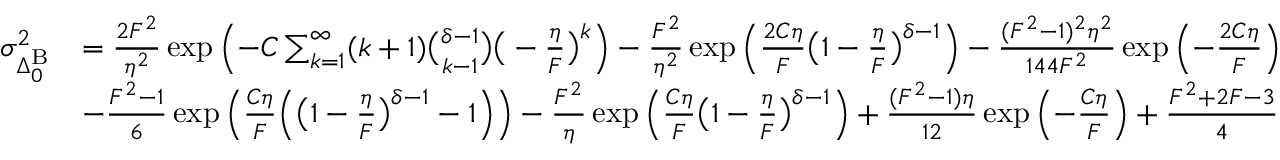
\begin{array} { r l } { \sigma _ { \Delta _ { 0 } ^ { \mathrm { B } } } ^ { 2 } } & { = \frac { 2 F ^ { 2 } } { \eta ^ { 2 } } \exp { \left( - C \sum _ { k = 1 } ^ { \infty } ( k + 1 ) { \binom { \delta - 1 } { k - 1 } } \big ( - \frac { \eta } { F } \big ) ^ { k } \right) } - \frac { F ^ { 2 } } { \eta ^ { 2 } } \exp { \left( \frac { 2 C \eta } { F } \big ( 1 - \frac { \eta } { F } \big ) ^ { \delta - 1 } \right) } - \frac { ( F ^ { 2 } - 1 ) ^ { 2 } \eta ^ { 2 } } { 1 4 4 F ^ { 2 } } \exp { \left( - \frac { 2 C \eta } { F } \right) } } \\ & { - \frac { F ^ { 2 } - 1 } { 6 } \exp { \left( \frac { C \eta } { F } \Big ( \big ( 1 - \frac { \eta } { F } \big ) ^ { \delta - 1 } - 1 \Big ) \right) } - \frac { F ^ { 2 } } { \eta } \exp { \left( \frac { C \eta } { F } \big ( 1 - \frac { \eta } { F } \big ) ^ { \delta - 1 } \right) } + \frac { ( F ^ { 2 } - 1 ) \eta } { 1 2 } \exp { \left( - \frac { C \eta } { F } \right) } + \frac { F ^ { 2 } + 2 F - 3 } { 4 } } \end{array}